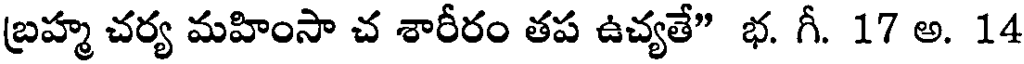
బ్రహ్మ చర్య మహింసా చ శారీరం తప ఉచ్యతే" భ. గీ. 17 అ. 14